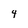
Character: 4